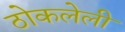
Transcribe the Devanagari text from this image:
ठोकलेली